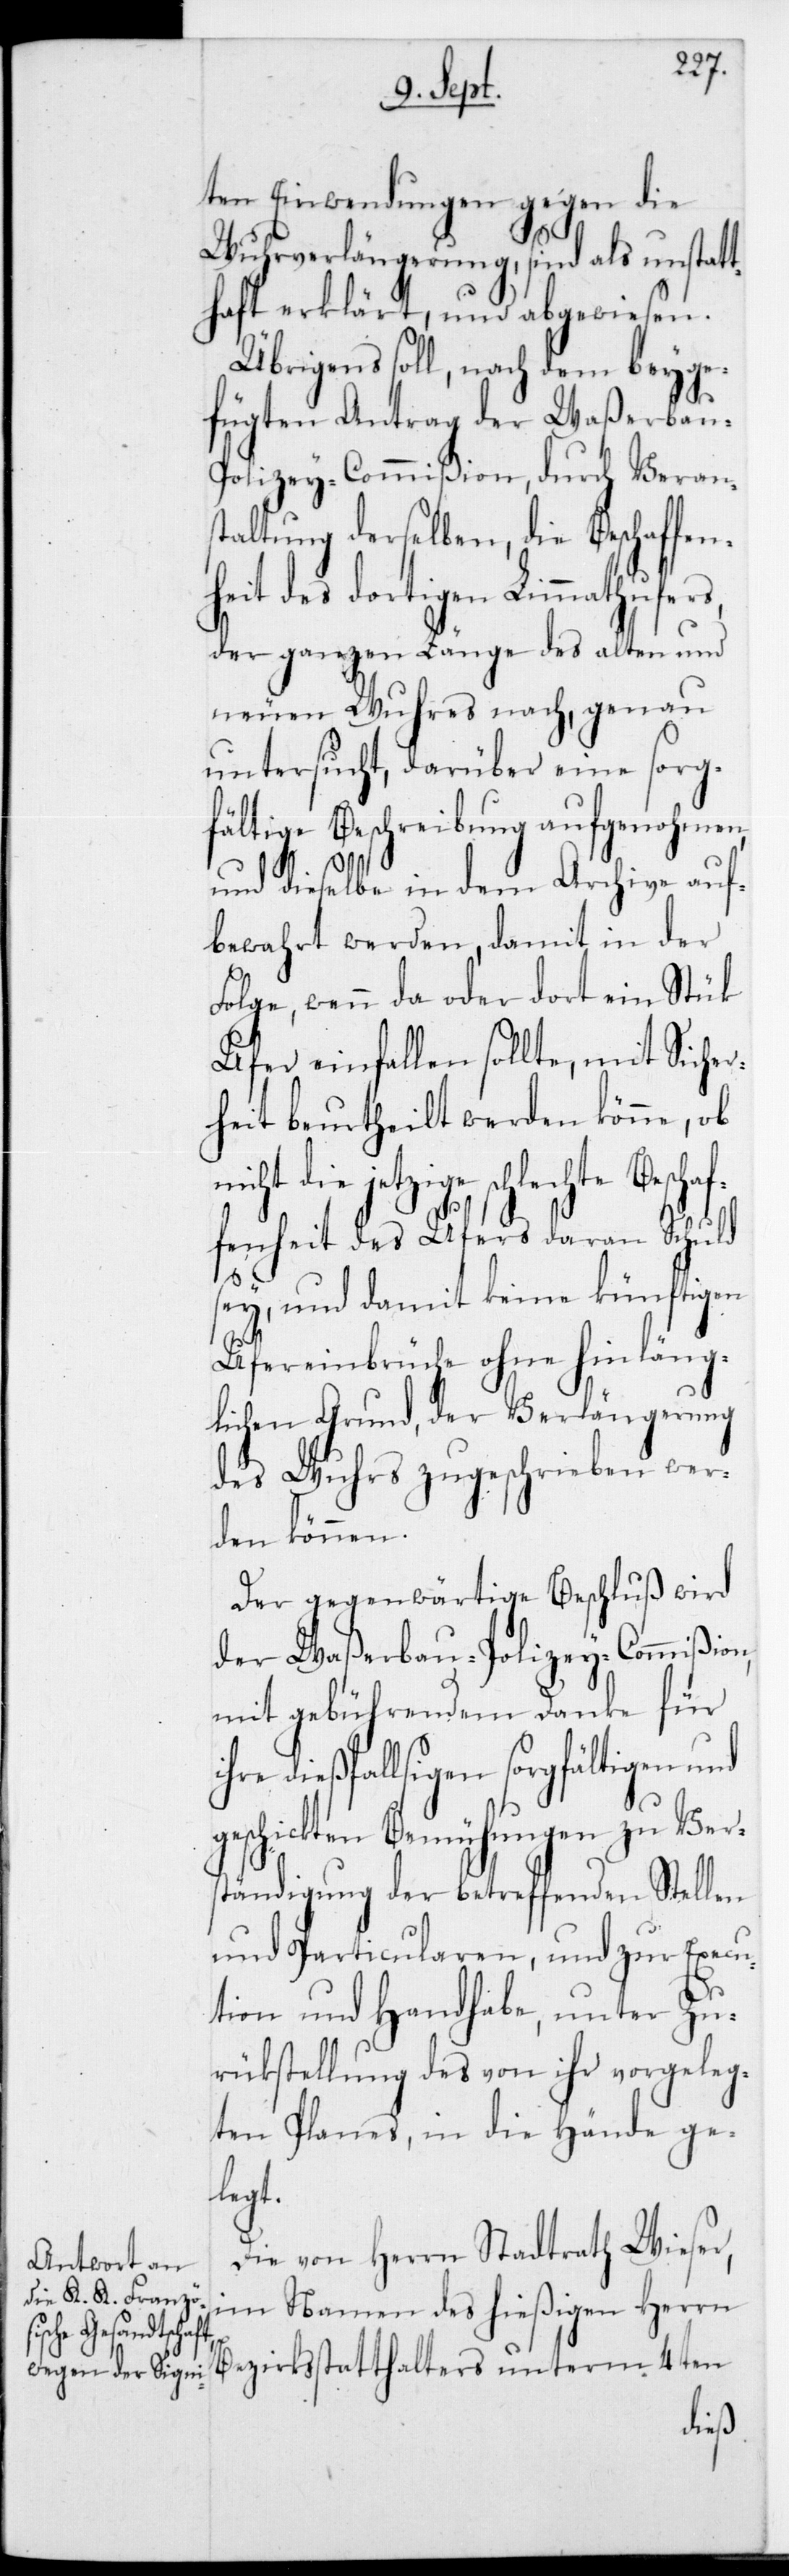
ten Einwendungen gegen die
Wuhrverlängerung, sind als unstat¬
thaft erklärt, und abgewiesen.
Übrigens soll, nach dem beyge¬
fügten Antrag der Waßerbau-P¬
olizey-Commißion, durch Veran¬
staltung derselben, die Beschaffen¬
heit des dortigen Limmathufers,
der ganzen Länge des alten und
neuen Wuhres nach, genau
untersucht, darüber eine sorg¬
fältige Beschreibung aufgenohmen
und dieselbe in dem Archive auf¬
bewahrt werden, damit in der
Folge, wenn da oder dort ein Stük
Ufer einfallen sollte, mit Sicher¬
heit beurtheilt werden könne, ob
jetzige schlechte Beschaf¬
fenheit des Ufers daran Schuld
sey, und damit keine künftigen
Ufereinbrüche ohne hinläng¬
lichen Grund, der Verlängerung
des Wuhrs zugeschrieben wer¬
den können.
Der gegenwärtige Beschluß wird
der Waßerbau-Polizey-Commißion
mit gebührendem Danke für
ihre dießfallsigen sorgfältigen und
geschickten Bemühungen zu Vers¬
tändigung der betreffenden Stellen
und Particularen, und zur Execu¬
tion und Handhabe, unter Zu¬
rückstellung des von ihr vorgeleg¬
ten Planes, in die Hände ge¬
legt.
Die von Herrn Stadtrath Wieser,
im Namen des hießigen Herrn
Bezirksstatthalters unterm 4ten